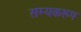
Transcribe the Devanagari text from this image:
सम्यकरूप